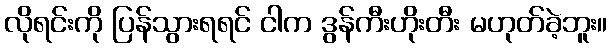
လိုရင်းကို ပြန်သွားရရင် ငါက ဒွန်ကီးဟိုးတီး မဟုတ်ခဲ့ဘူး။